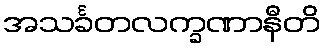
အသင်္ခတလက္ခဏာနီတိ